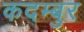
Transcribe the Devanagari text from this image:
कदम्बुर